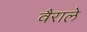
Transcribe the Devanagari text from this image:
वैराले